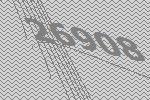
26908